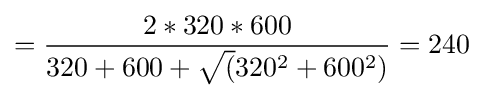
={2*320*600 \over 320+600+{\sqrt {(}}320^{2}+600^{2})}=240